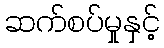
ဆက်စပ်မှုနှင့်